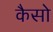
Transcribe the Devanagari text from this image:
कैसो